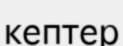
кептер